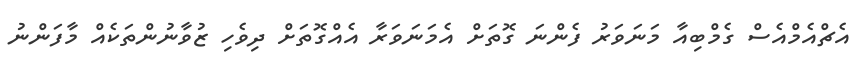
އެޗްއެމްއެސް ގެމްބިއާ މަނަވަރު ފެންނަ ގޮތަށް އެމަނަވަރާ އެއްގޮތަށް ދިވެހި ޒުވާނުންތަކެއް މާފަންނު